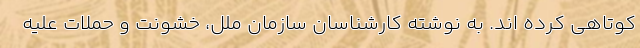
کوتاهی کرده اند. به نوشته کارشناسان سازمان ملل، خشونت و حملات علیه